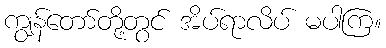
ကျွန်တော်တို့တွင် အိပ်ရာလိပ် မပါကြ။